Indian Medical Review
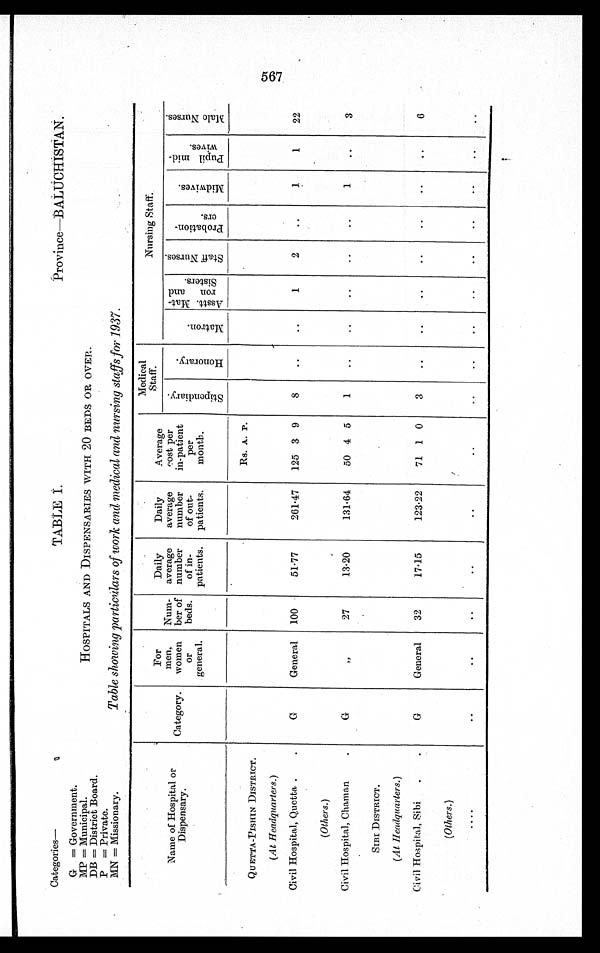
Province—BALUCHISTAN.
Categories—
G = Government.
MP = Municipal.
DB = District Board.
P = Private.
MN = Missionary.
TABLE I.
HOSPITALS AND DISPENSARIES WITH 20 BEDS OR OVER.
Table showing particulars of work and medical and nursing staffs for 1937.
Name of Hospital or
Dispensary.
Category.
For
men,
women
or
general.
Num-
ber of
beds.
Daily
average
number
of in-
patients.
Daily
average
number
of out-
patients.
Average
cost per
in-patient
per
month.
Medical
Staff.
Nursing Staff.
S t i p e n d i a r y .
H o n o r a r y .
M a t r o n .
As s t t . Ma t - r o n a n d S i s t e r s .
S t a f f N u r s e s .
P r o b a t i o n - e r s .
M i d w i v e s .
P u p i l M i d - w i v e s .
M a l e N u r s e s .
Rs. A. P.
QUETTA-PISHIN DISTRICT.
(At Headquarters.)
Civil Hospital, Quetta
G
General 100
51.77
261.47
125 3 9
8
1
2
1
1
22
(Others.)
Civil Hospital, Chaman.
G
„
27
13.20
131.64
50 4 5
1
1
3
SIBI DISTRICT.
(At Headquarters.)
Civil Hospital, Sibi
G
General
32
17.15
123.22
71 1 0
3
6
(Others.)
567